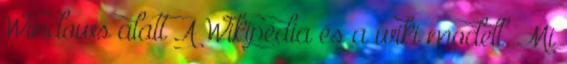
Windows alatt A Wikipédia és a wiki modell. Mi